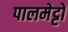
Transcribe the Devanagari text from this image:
पालमेट्टो